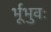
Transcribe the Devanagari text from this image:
र्भूभुवः